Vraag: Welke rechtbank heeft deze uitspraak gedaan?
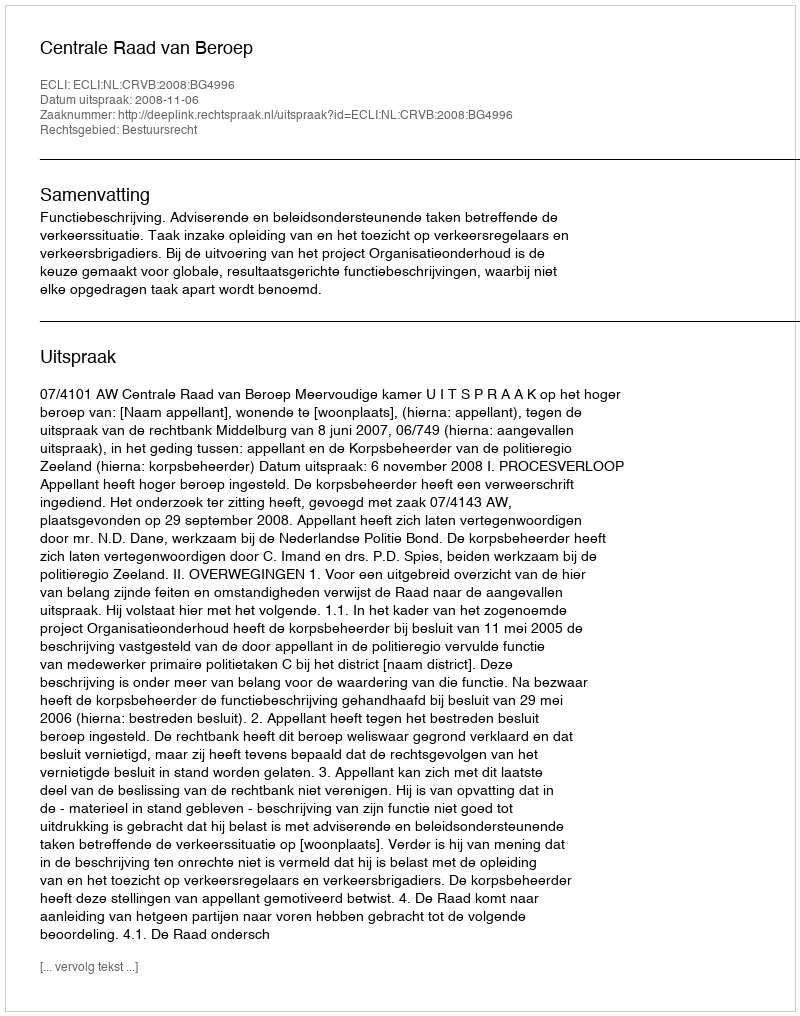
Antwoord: Centrale Raad van Beroep